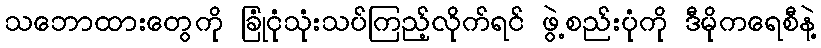
သဘောထားတွေကို ခြုံငုံသုံးသပ်ကြည့်လိုက်ရင် ဖွဲ့စည်းပုံကို ဒီမိုကရေစီနဲ့